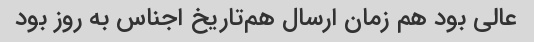
عالی بود هم زمان ارسال هم‌تاریخ اجناس به روز بود